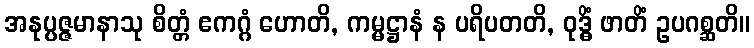
အနုပ္ပဇ္ဇမာနာသု စိတ္တံ ဧကဂ္ဂံ ဟောတိ, ကမ္မဋ္ဌာနံ န ပရိပတတိ, ဝုဒ္ဓိံ ဖာတိံ ဥပဂစ္ဆတိ။